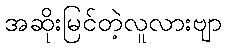
အဆိုးမြင်တဲ့လူလားဗျာ